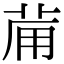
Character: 𤰇